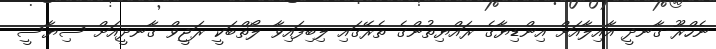
ނެހްރޫ-ގާނދީ އާއިލާއަށް އިންޑިޔާގެ ރައްޔިތުންގެ ތެރޭގައި ލިބިފައިވާ ލޯތްބަކީ ރަޖީވް ގާނދީއަށް ސިޔާސީ